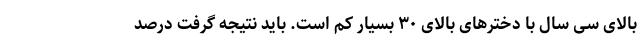
بالای سی سال با دخترهای بالای ۳۰ بسیار کم است. باید نتیجه گرفت درصد